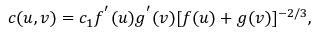
c ( u , v ) = c _ { 1 } f ^ { ' } ( u ) g ^ { ' } ( v ) [ f ( u ) + g ( v ) ] ^ { - 2 / 3 } ,